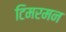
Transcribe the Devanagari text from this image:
टिमरमन